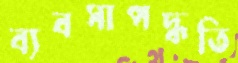
ব্যবসাপদ্ধতি